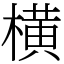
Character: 横